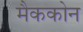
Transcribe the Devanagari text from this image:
मैककोन